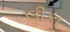
લીકા